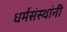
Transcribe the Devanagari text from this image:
धर्मसंस्थांनी